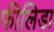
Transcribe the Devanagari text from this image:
फीलिडा